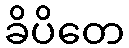
ခိပိတေ